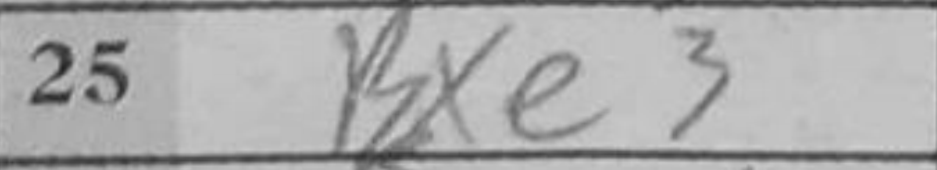
Transcription: Bxe3